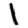
Digit: 1